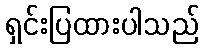
ရှင်းပြထားပါသည်